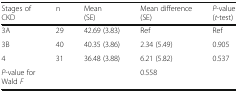
<table><thead><tr><td><b>Stages of CKD</b></td><td><b>n</b></td><td><b>Mean (SE)</b></td><td><b>Mean difference (SE)</b></td><td><b><i>P</i>-value (<i>t</i>-test)</b></td></tr></thead><tbody><tr><td>3A</td><td>29</td><td>42.69 (3.83)</td><td>Ref</td><td>Ref</td></tr><tr><td>3B</td><td>40</td><td>40.35 (3.86)</td><td>2.34 (5.49)</td><td>0.905</td></tr><tr><td>4</td><td>31</td><td>36.48 (3.88)</td><td>6.21 (5.82)</td><td>0.537</td></tr><tr><td><i>P</i>-value for Wald <i>F</i></td><td></td><td></td><td>0.558</td><td></td></tr></tbody></table>